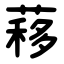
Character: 䔟